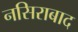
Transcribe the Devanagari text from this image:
नसिराबाद